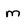
Character: m